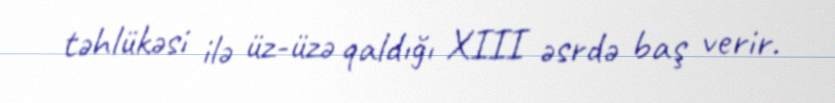
təhlükəsi ilə üz-üzə qaldığı XIII əsrdə baş verir.